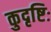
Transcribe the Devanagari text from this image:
कुदृष्टिः